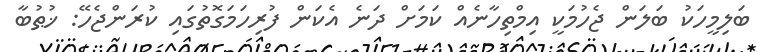
ބަލިމީހަކު ބަލަން ޖެހުމަކީ އިމްތިހާނެއް ކަަމަށް ދަނެ އެކަން ފުރިހަމަގޮތުގައި ކުރަންޖެހޭ: ޚުޠުބާ